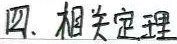
四、相关定理